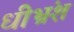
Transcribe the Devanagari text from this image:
धीभ्रंश